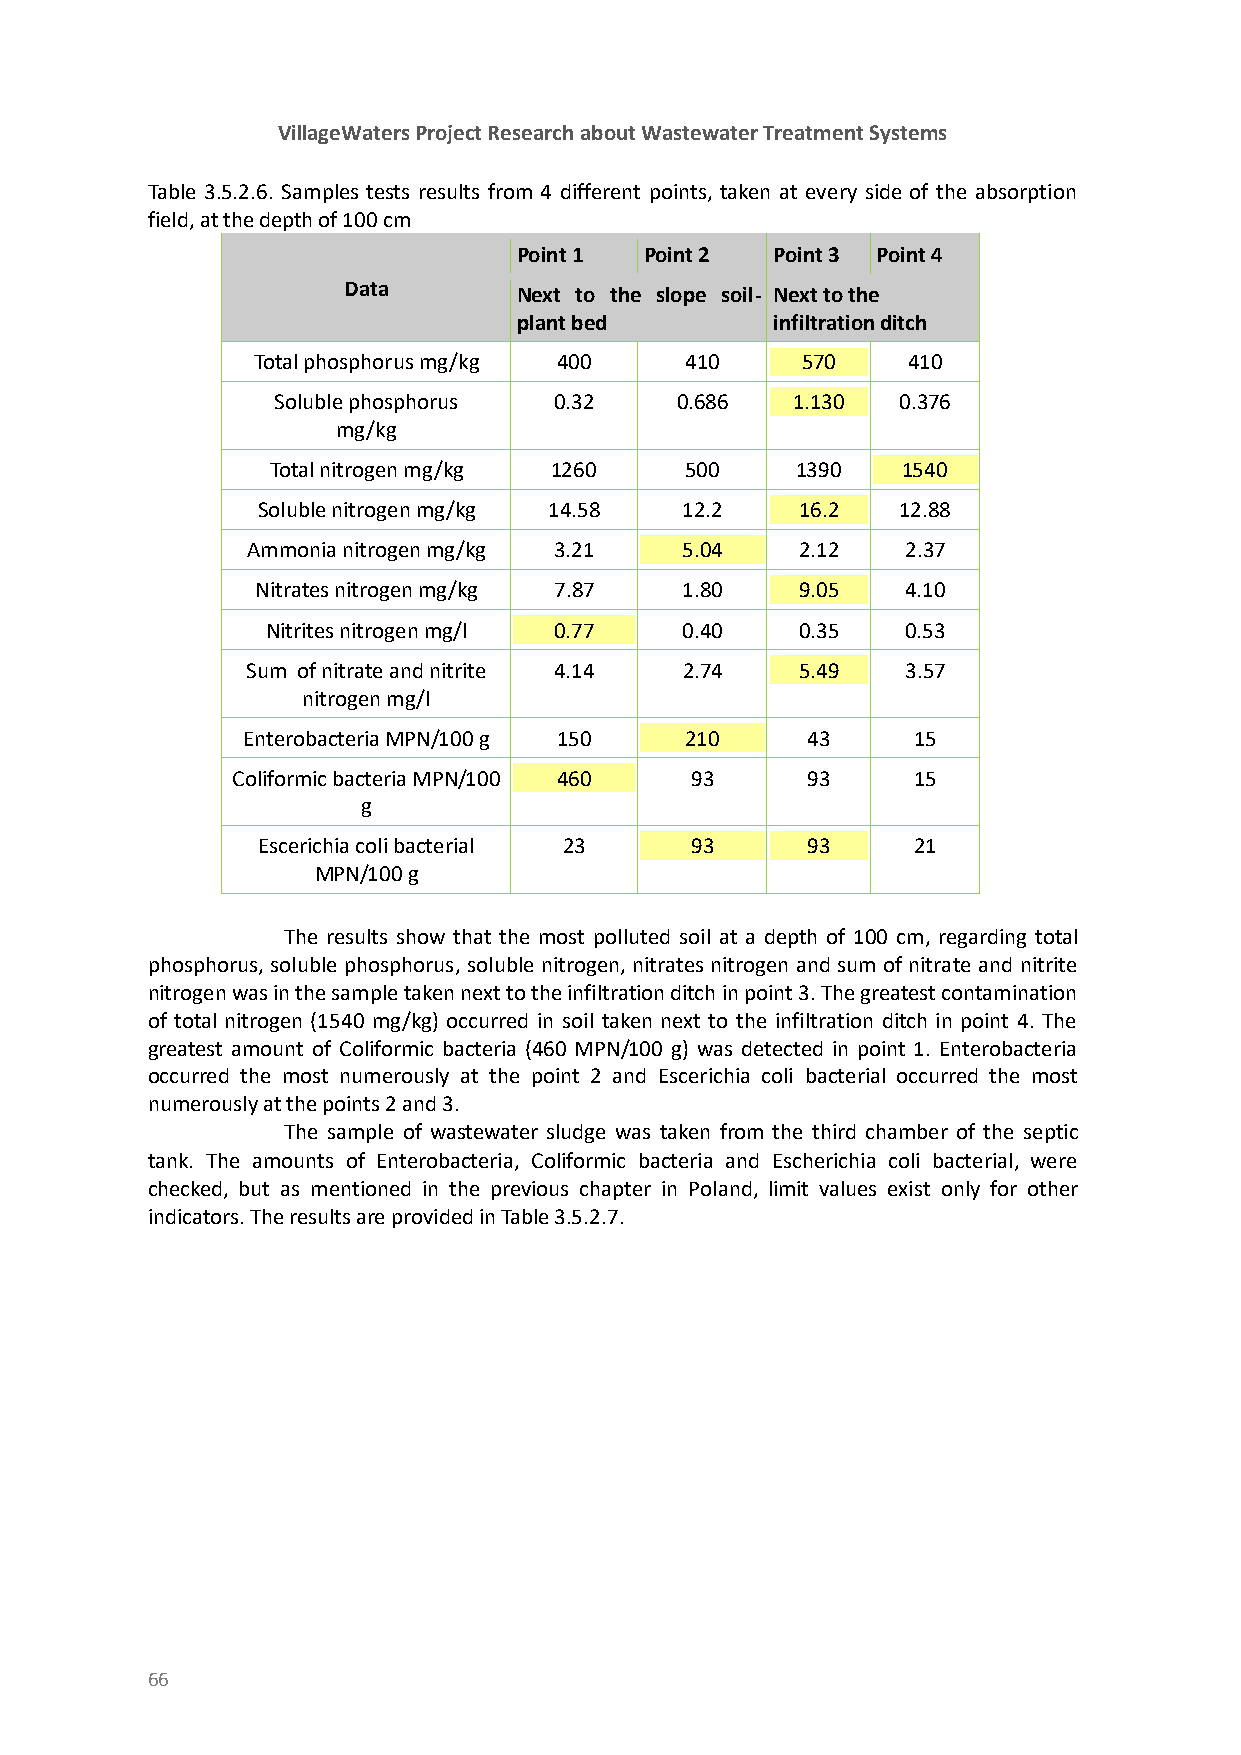
VillageWaters Project Research about Wastewater Treatment Systems
 Table 3.5.2.6. Samples tests results from 4 different points, taken at every side of the absorption
 field, at the depth of 100 cm
 Point 1  Point 2 Point 3 Point 4
 Data       Next to the slope soil- Next to the
 plant bed        infiltration ditch
 Total phosphorus mg/kg 400  410     570    410
 Soluble phosphorus 0.32    0.686  1.130   0.376
 mg/kg
 Total nitrogen mg/kg 1260  500     1390   1540
 Soluble nitrogen mg/kg 14.58 12.2   16.2  12.88
 Ammonia nitrogen mg/kg 3.21  5.04    2.12   2.37
 Nitrates nitrogen mg/kg 7.87 1.80   9.05   4.10
 Nitrites nitrogen mg/l 0.77 0.40   0.35   0.53
 Sum of nitrate and nitrite 4.14 2.74 5.49   3.57
 nitrogen mg/l
 Enterobacteria MPN/100 g 150 210     43     15
 Coliformic bacteria MPN/100 460 93    93     15
 g
 Escerichia coli bacterial 23 93     93     21
 MPN/100 g
 The results show that the most polluted soil at a depth of 100 cm, regarding total
 phosphorus, soluble phosphorus, soluble nitrogen, nitrates nitrogen and sum of nitrate and nitrite
 nitrogen was in the sample taken next to the infiltration ditch in point 3. The greatest contamination
 of total nitrogen (1540 mg/kg) occurred in soil taken next to the infiltration ditch in point 4. The
 greatest amount of Coliformic bacteria (460 MPN/100 g) was detected in point 1. Enterobacteria
 occurred the most numerously at the point 2 and Escerichia coli bacterial occurred the most
 numerously at the points 2 and 3.
 The sample of wastewater sludge was taken from the third chamber of the septic
 tank. The amounts of Enterobacteria, Coliformic bacteria and Escherichia coli bacterial, were
 checked, but as mentioned in the previous chapter in Poland, limit values exist only for other
 indicators. The results are provided in Table 3.5.2.7.
 66